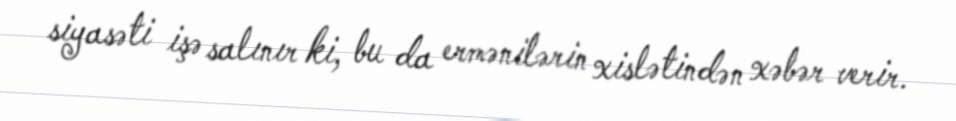
siyasəti işə salınır ki, bu da ermənilərin xislətindən xəbər verir.